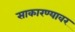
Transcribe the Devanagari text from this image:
साकारण्यावर